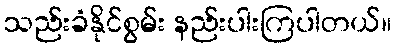
သည်းခံနိုင်စွမ်း နည်းပါးကြပါတယ်။